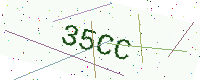
Text: 35CC